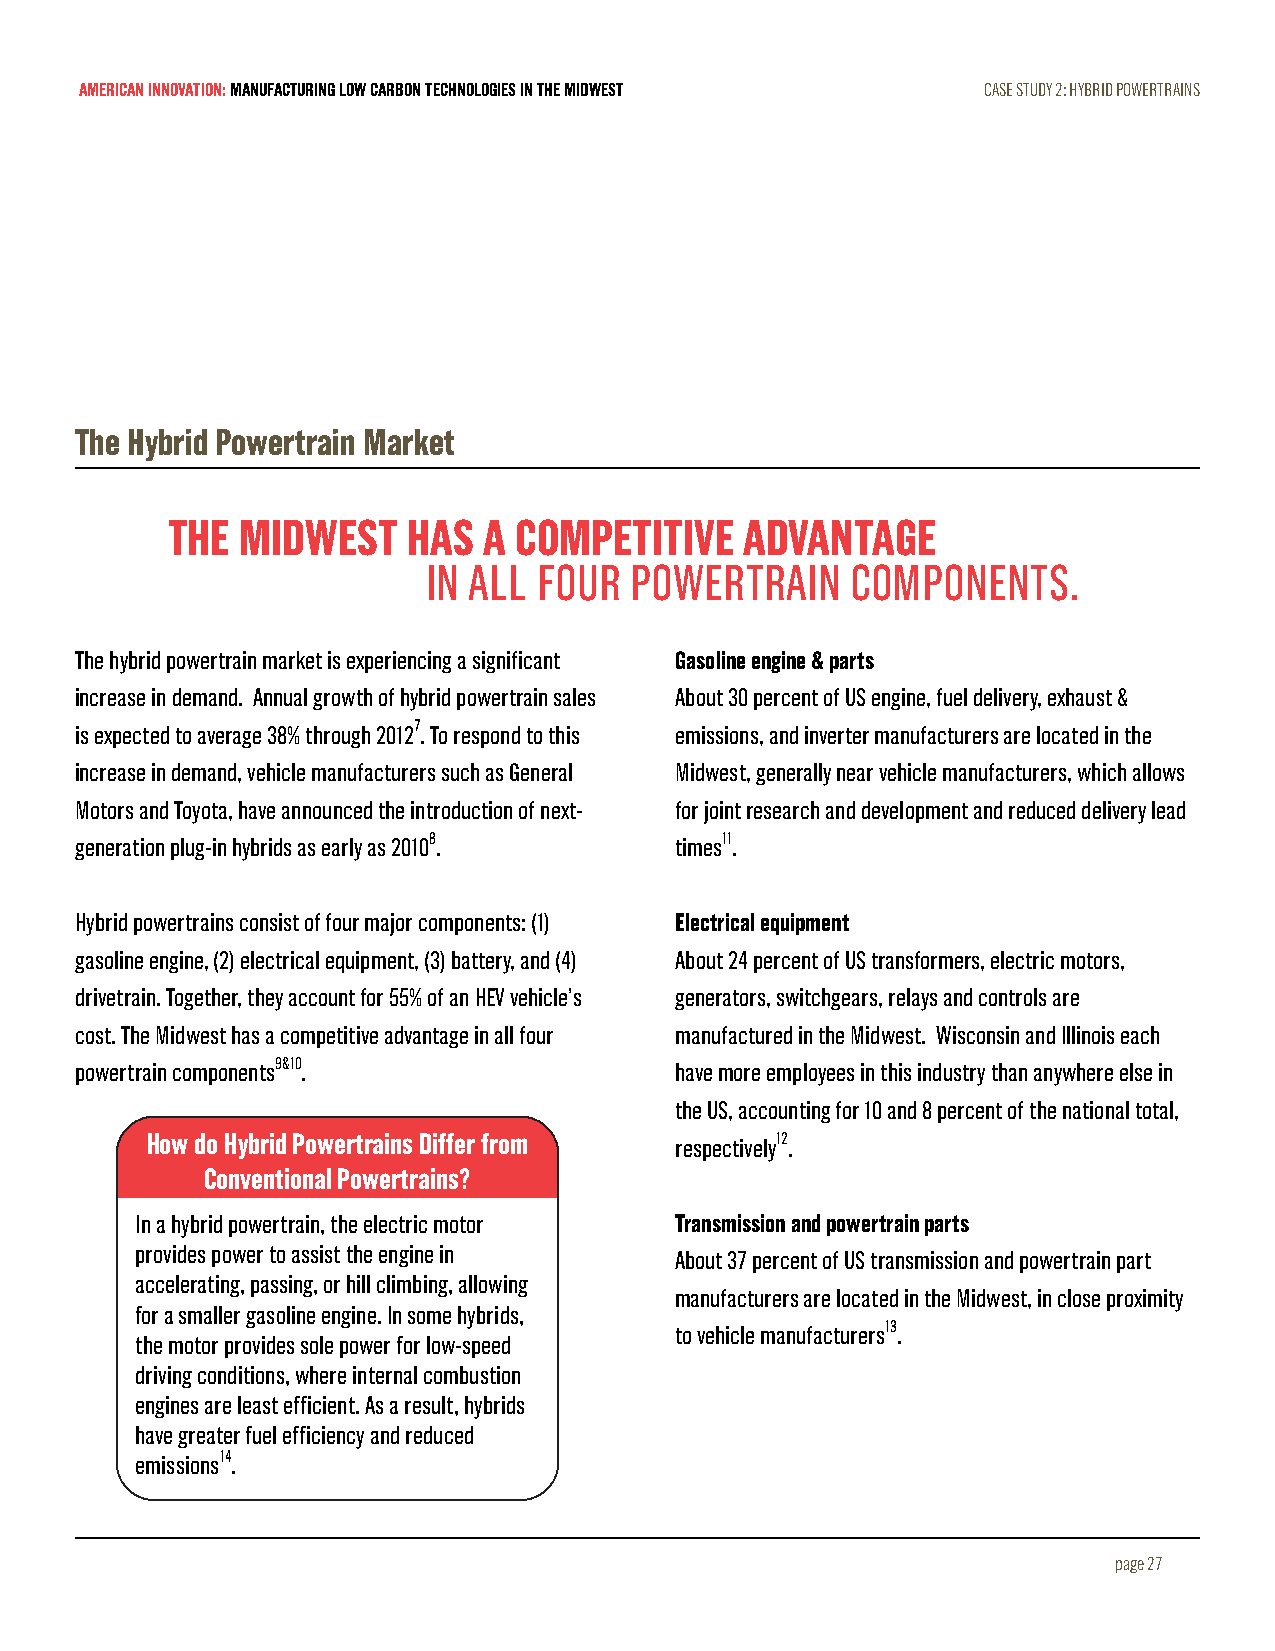
AMERICAN INNOVATION: MANUFACTURING LOW CARBON TECHNOLOGIES IN THE MIDWEST CASE STUDY 2: HYBRID POWERTRAINS
 The Hybrid Powertrain Market
 THE  MIDWEST    HAS  A COMPETITIVE    ADVANTAGE
 IN ALL  FOUR  POWERTRAIN    COMPONENTS.
 The hybrid powertrain market is experiencing a significant Gasoline engine & parts
 increase in demand. Annual growth of hybrid powertrain sales About 30 percent of US engine, fuel delivery, exhaust &
 is expected to average 38% through 20127. To respond to this emissions, and inverter manufacturers are located in the
 increase in demand, vehicle manufacturers such as General Midwest, generally near vehicle manufacturers, which allows
 Motors and Toyota, have announced the introduction of next- for joint research and development and reduced delivery lead
 generation plug-in hybrids as early as 20108. times11.
 Hybrid powertrains consist of four major components: (1) Electrical equipment
 gasoline engine, (2) electrical equipment, (3) battery, and (4) About 24 percent of US transformers, electric motors,
 drivetrain. Together, they account for 55% of an HEV vehicle’s generators, switchgears, relays and controls are
 cost. The Midwest has a competitive advantage in all four manufactured in the Midwest. Wisconsin and Illinois each
 powertrain components9&10.              have more employees in this industry than anywhere else in
 the US, accounting for 10 and 8 percent of the national total,
 How do Hybrid Powertrains Differ from respectively12.
 Conventional Powertrains?
 In a hybrid powertrain, the electric motor Transmission and powertrain parts
 provides power to assist the engine in About 37 percent of US transmission and powertrain part
 accelerating, passing, or hill climbing, allowing
 manufacturers are located in the Midwest, in close proximity
 for a smaller gasoline engine. In some hybrids,
 to vehicle manufacturers13.
 the motor provides sole power for low-speed
 driving conditions, where internal combustion
 engines are least efficient. As a result, hybrids
 have greater fuel efficiency and reduced
 emissions14.
 page 27